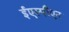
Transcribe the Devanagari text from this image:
ईएस्पीएन